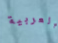
العربية